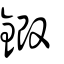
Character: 鍛